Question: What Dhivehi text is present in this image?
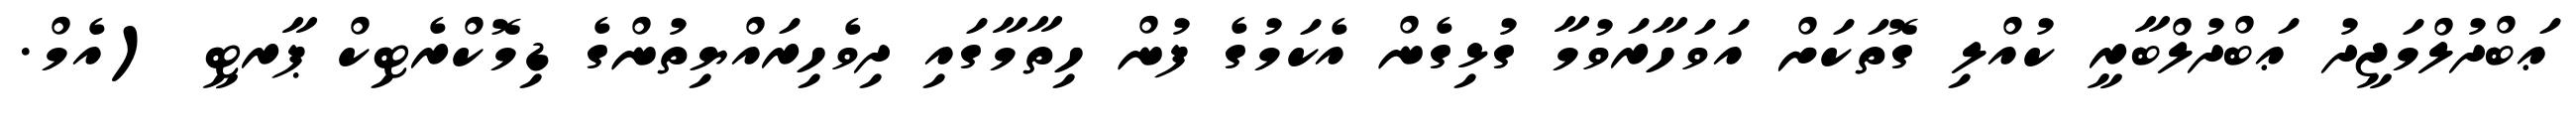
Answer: ޢަބްދުލްމަޖީދު ޢަބްދުލްބާރީ ކުއްލި ގޮތަކަށް އަވަހާރަވުމާ ގުޅިގެން އެކަމުގެ ފުން ހިތާމާގައި ދިވެހިރައްޔިތުންގެ ޑިމޮކްރެޓިކް ޕާރޓީ (އެމް.